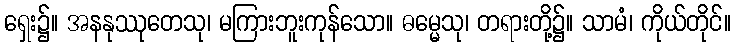
ရှေး၌။ အနနုဿုတေသု၊ မကြားဘူးကုန်သော။ ဓမ္မေသု၊ တရားတို့၌။ သာမံ၊ ကိုယ်တိုင်။